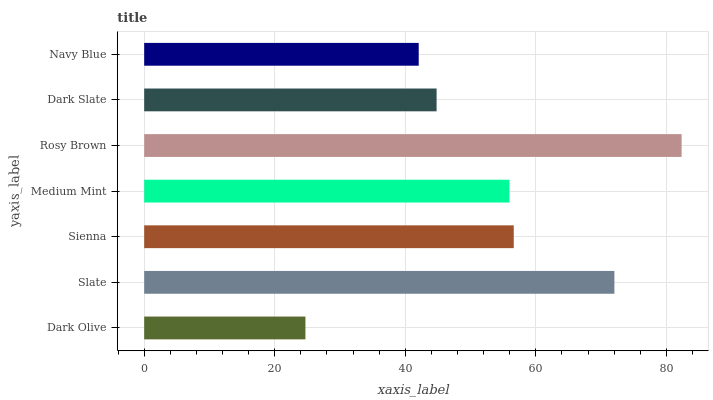
| yaxis_label | bars |
 | --- | --- |
 | Dark Olive | 24.7 |
 | Slate | 72 |
 | Sienna | 56.6 |
 | Medium Mint | 56 |
 | Rosy Brown | 82.3 |
 | Dark Slate | 44.8 |
 | Navy Blue | 42.1 |